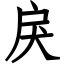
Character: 戾